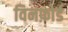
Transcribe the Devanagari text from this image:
विनफ़ोर्ड